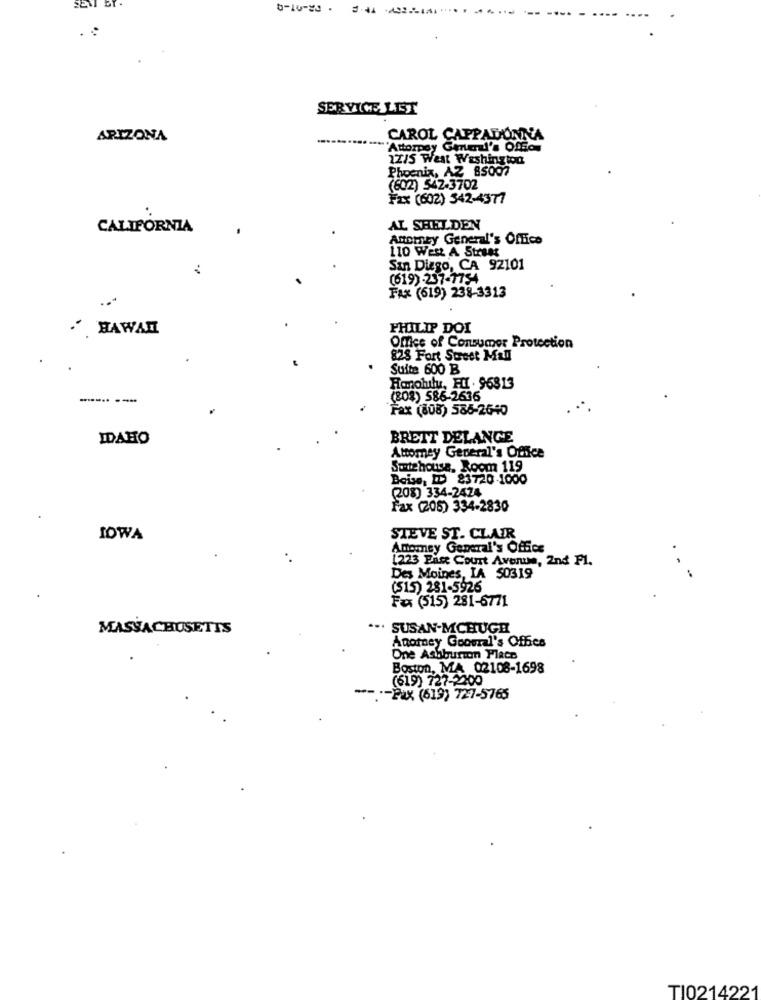
SET
SERVICE LEST
ARIZONA
CAROL CAPPADONNA
"Attorney General's Offa
22/5 West Washington
Phoenix, AZ 85007
(602) 542-3702
Fax (602) 542-4377
CALIFORNIA
AL SHELDEN
Anomey General's Office
110 West A Street
San Diego, CA 92101
(619) -237-7754
FAX (619) 238-3313
HAWAI
PHILIP DOI
Office of Consumer Protection
828 Fort Street Mall
Suite 600 B
Honolulu, FI . 96813
------ ---
(808) 586-2636
Fax (808) 586-2640
IDAHO
BRETT DELANGE
Attorney General's Office
Suitehouse. Room 119
Boise, ID 23720-1000
(208) 334-2424
Fax (205) 334-2830
IOWA
STEVE ST. CLAIR
Abomey General's Office
1223 Eise Court Avenue, 2nd Fl.
Des Moines, LA 50319
. - -
(515) 281-5926
Fax (515) 281-6771
MASSACHUSETTS
... SUSAN-MCHUGH
Anorney Gooural's Office
One Ashburton Place
Boston, MA 02108-1698
(619) 727-2200
-- -- FAX (619) 727-5765
TI0214221